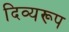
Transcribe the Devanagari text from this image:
दिव्यरूप